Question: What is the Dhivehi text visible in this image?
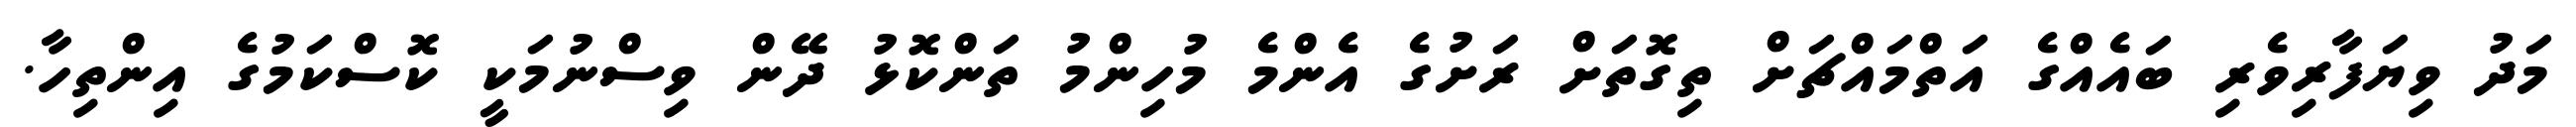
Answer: މަދު ވިޔަފާރިވެރި ބައެއްގެ އަތްމައްޗަށް ތިގޮތަށް ރަށުގެ އެންމެ މުހިންމު ތަންކޮޅު ދޭން ވިސްނުމަކީ ކޮސްކަމުގެ އިންތިހާ.